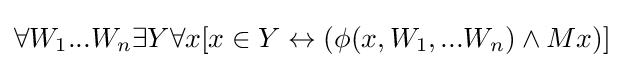
\forall W_{1}...W_{n}\exists Y\forall x[x\in Y\leftrightarrow (\phi (x,W_{1},...W_{n})\land Mx)]